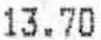
13.70